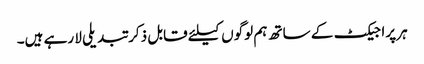
ہر پراجیکٹ کے ساتھ ہم لوگوں کیلئے قابل ذکر تبدیلی لا رہے ہیں۔